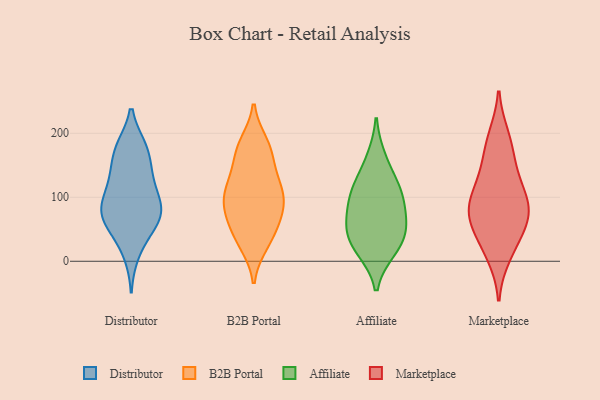
{"axis": {"x": "LTV (USD)", "y": "Value"}, "legend": ["Affiliate", "B2B Portal", "Distributor", "Marketplace"], "data": [{"x": "", "y": 140, "type": "Distributor"}, {"x": "", "y": 78, "type": "Distributor"}, {"x": "", "y": 176, "type": "Distributor"}, {"x": "", "y": 75, "type": "Distributor"}, {"x": "", "y": 176, "type": "Distributor"}, {"x": "", "y": 122, "type": "Distributor"}, {"x": "", "y": 177, "type": "Distributor"}, {"x": "", "y": 49, "type": "Distributor"}, {"x": "", "y": 88, "type": "Distributor"}, {"x": "", "y": 134, "type": "Distributor"}, {"x": "", "y": 79, "type": "Distributor"}, {"x": "", "y": 51, "type": "Distributor"}, {"x": "", "y": 12, "type": "Distributor"}, {"x": "", "y": 71, "type": "Distributor"}, {"x": "", "y": 102, "type": "Distributor"}, {"x": "", "y": 27, "type": "B2B Portal"}, {"x": "", "y": 90, "type": "B2B Portal"}, {"x": "", "y": 105, "type": "B2B Portal"}, {"x": "", "y": 110, "type": "B2B Portal"}, {"x": "", "y": 39, "type": "B2B Portal"}, {"x": "", "y": 69, "type": "B2B Portal"}, {"x": "", "y": 109, "type": "B2B Portal"}, {"x": "", "y": 176, "type": "B2B Portal"}, {"x": "", "y": 134, "type": "B2B Portal"}, {"x": "", "y": 160, "type": "B2B Portal"}, {"x": "", "y": 83, "type": "B2B Portal"}, {"x": "", "y": 32, "type": "B2B Portal"}, {"x": "", "y": 81, "type": "B2B Portal"}, {"x": "", "y": 184, "type": "B2B Portal"}, {"x": "", "y": 178, "type": "B2B Portal"}, {"x": "", "y": 124, "type": "B2B Portal"}, {"x": "", "y": 59, "type": "B2B Portal"}, {"x": "", "y": 86, "type": "Affiliate"}, {"x": "", "y": 20, "type": "Affiliate"}, {"x": "", "y": 95, "type": "Affiliate"}, {"x": "", "y": 44, "type": "Affiliate"}, {"x": "", "y": 56, "type": "Affiliate"}, {"x": "", "y": 161, "type": "Affiliate"}, {"x": "", "y": 116, "type": "Affiliate"}, {"x": "", "y": 17, "type": "Affiliate"}, {"x": "", "y": 118, "type": "Affiliate"}, {"x": "", "y": 53, "type": "Affiliate"}, {"x": "", "y": 129, "type": "Marketplace"}, {"x": "", "y": 69, "type": "Marketplace"}, {"x": "", "y": 10, "type": "Marketplace"}, {"x": "", "y": 71, "type": "Marketplace"}, {"x": "", "y": 93, "type": "Marketplace"}, {"x": "", "y": 52, "type": "Marketplace"}, {"x": "", "y": 87, "type": "Marketplace"}, {"x": "", "y": 194, "type": "Marketplace"}, {"x": "", "y": 91, "type": "Marketplace"}, {"x": "", "y": 28, "type": "Marketplace"}, {"x": "", "y": 141, "type": "Marketplace"}, {"x": "", "y": 179, "type": "Marketplace"}]}